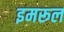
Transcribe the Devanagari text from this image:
इमरूल